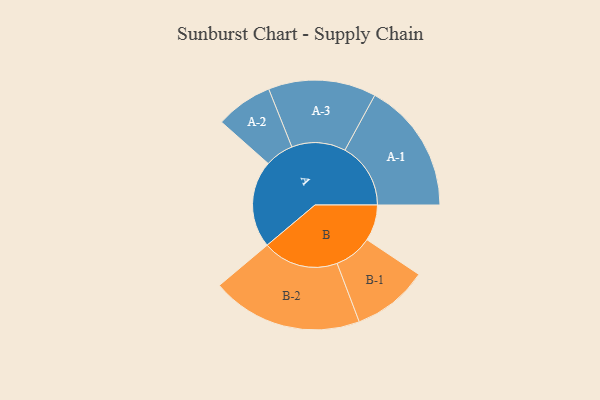
{"axis": {"x": "Segment", "y": "Value"}, "legend": ["", "A", "B"], "data": [{"x": "A", "y": 324, "type": ""}, {"x": "B", "y": 134, "type": ""}, {"x": "A-1", "y": 244, "type": "A"}, {"x": "A-2", "y": 106, "type": "A"}, {"x": "A-3", "y": 200, "type": "A"}, {"x": "B-1", "y": 141, "type": "B"}, {"x": "B-2", "y": 281, "type": "B"}]}